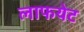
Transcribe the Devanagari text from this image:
लाफयेट